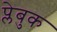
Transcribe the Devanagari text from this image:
प्लेबुक